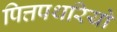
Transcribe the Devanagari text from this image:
पित्तपथरियों